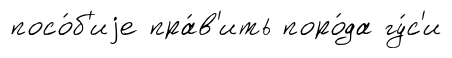
посо́б'иjе пра́в'ить поро́да гу́с'и